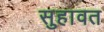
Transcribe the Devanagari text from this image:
सुहावत